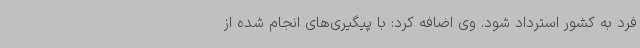
فرد به کشور استرداد شود. وی اضافه کرد: با پیگیری‌های انجام شده از